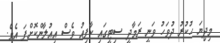
މިދިޔަ ހުކުރު ދުވަހު ވަނީ ރަމާދީ ސިޓީގައި ކާފިއު ވެސް އިއުލާންކޮށްފަ އެވެ.